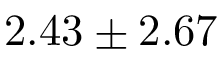
2 . 4 3 \pm 2 . 6 7